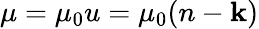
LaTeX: \mu=\mu_{0}u=\mu_{0}(n-\mathbf{k})